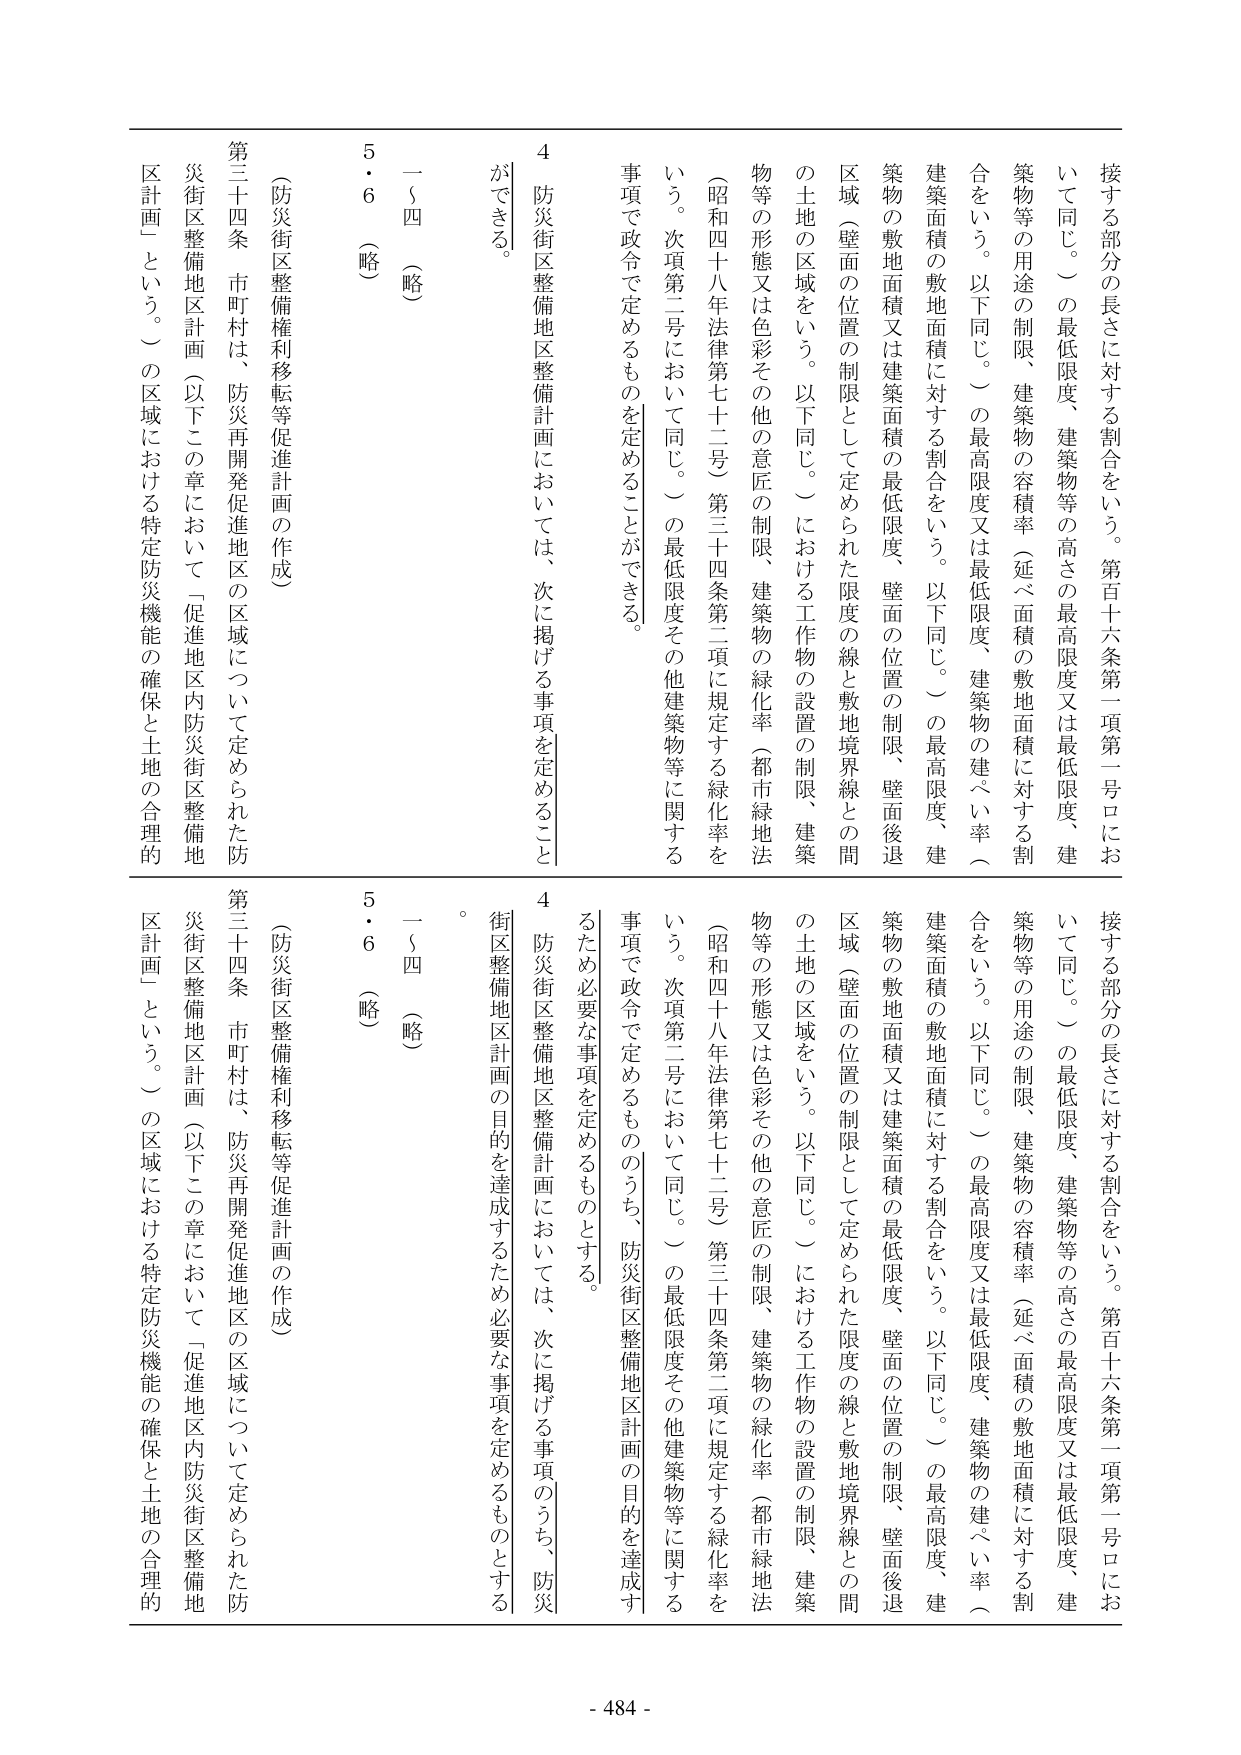
接する部分の長さに対する割合をいう。第百十六条第一項第一号ロにおいて同じ。）の最低限度、建築物等の高さの最高限度又は最低限度、建築物等の用途の制限、建築物の容積率（延べ面積の敷地面積に対する割合をいう。以下同じ。）の最高限度又は最低限度、建築物の建ぺい率（建築面積の敷地面積に対する割合をいう。以下同じ。）の最高限度、建築物の敷地面積又は建築面積の最低限度、壁面の位置の制限、壁面後退区域（壁面の位置の制限として定められた限度の線と敷地境界線との間の土地の区域をいう。以下同じ。）における工作物の設置の制限、建築物等の形態又は色彩その他の意匠の制限、建築物の緑化率（都市緑地法（昭和四十八年法律第七十二号）第三十四条第二項に規定する緑化率をいう。次項第二号において同じ。）の最低限度その他建築物等に関する事項で政令で定めるものを定めることができる。

4　防災街区整備地区整備計画においては、次に掲げる事項を定めることができる。

一～四　（略）

5・6　（略）

（防災街区整備権利移転等促進計画の作成）

第三十四条　市町村は、防災再開発促進地区の区域について定められた防災街区整備地区計画（以下この章において「促進地区内防災街区整備地区計画」という。）の区域における特定防災機能の確保と土地の合理的

接する部分の長さに対する割合をいう。第百十六条第一項第一号ロにおいて同じ。）の最低限度、建築物等の高さの最高限度又は最低限度、建築物等の用途の制限、建築物の容積率（延べ面積の敷地面積に対する割合をいう。以下同じ。）の最高限度又は最低限度、建築物の建ぺい率（建築面積の敷地面積に対する割合をいう。以下同じ。）の最高限度、建築物の敷地面積又は建築面積の最低限度、壁面の位置の制限、壁面後退区域（壁面の位置の制限として定められた限度の線と敷地境界線との間の土地の区域をいう。以下同じ。）における工作物の設置の制限、建築物等の形態又は色彩その他の意匠の制限、建築物の緑化率（都市緑地法（昭和四十八年法律第七十二号）第三十四条第二項に規定する緑化率をいう。次項第二号において同じ。）の最低限度その他建築物等に関する事項で政令で定めるもののうち、防災街区整備地区計画の目的を達成するため必要な事項を定めるものとする。

4　防災街区整備地区整備計画においては、次に掲げる事項のうち、防災街区整備地区計画の目的を達成するため必要な事項を定めるものとする。

一～四　（略）

5・6　（略）

（防災街区整備権利移転等促進計画の作成）

第三十四条　市町村は、防災再開発促進地区の区域について定められた防災街区整備地区計画（以下この章において「促進地区内防災街区整備地区計画」という。）の区域における特定防災機能の確保と土地の合理的

- 484 -